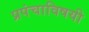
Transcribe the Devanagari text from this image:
प्रपंचाविषयी